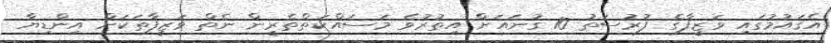
އެޤައުމުގައި ވަޒީފާގެ ފުރުސަތު 10 ގުނައަށް އިތުރުވެ މަސައްކަތްތެރީން ނެތް ވަޒީފާތަކަށް އިންޑިޔާ